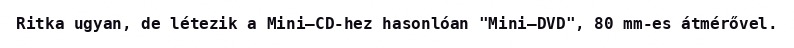
Ritka ugyan, de létezik a Mini–CD-hez hasonlóan "Mini–DVD", 80 mm-es átmérővel.